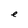
Character: e